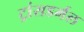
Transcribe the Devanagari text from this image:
ट्रांसडर्मल